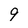
Character: 9